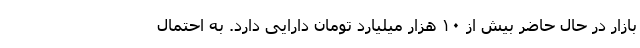
بازار در حال حاضر بیش از ۱۰ هزار میلیارد تومان دارایی دارد. به احتمال